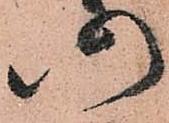
仍